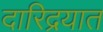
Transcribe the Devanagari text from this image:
दारिद्रयात